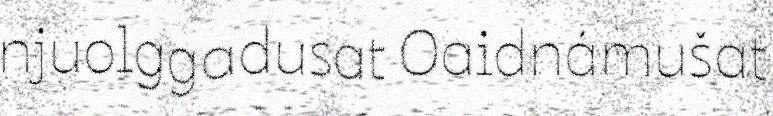
njuolggadusat Oaidnámušat